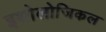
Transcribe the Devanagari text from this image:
इथोलोजिकल